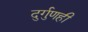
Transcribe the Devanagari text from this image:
दुर्गुणही